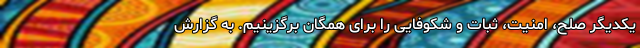
یکدیگر صلح، امنیت، ثبات و شکوفایی را برای همگان برگزینیم. به گزارش